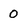
Character: 0